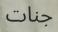
جنات